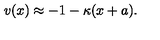
v ( x ) \approx - 1 - \kappa ( x + a ) .